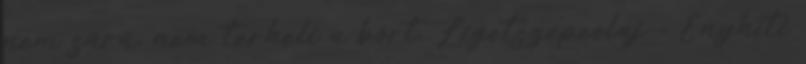
nem sűrű, nem terheli a bőrt. Ligetszépeolaj - Enyhíti